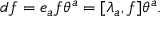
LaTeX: d f = e _ { a } f \theta ^ { a } = [ \lambda _ { a } , f ] \theta ^ { a } .